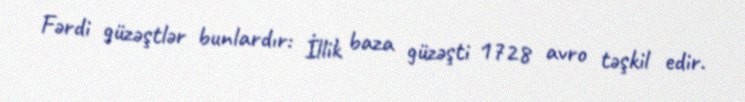
Fərdi güzəştlər bunlardır: İllik baza güzəşti 1728 avro təşkil edir.